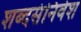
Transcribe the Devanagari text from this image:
शब्दसंनिवेश